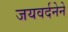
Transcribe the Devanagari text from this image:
जयवर्दनेने